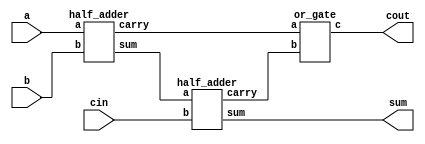
// 
module full_adder(a,b,cin,sum,cout);
    input a;
    input b;
    input cin;
    output sum;
    output cout;
    wire s1, c1, c2;
    half_adder half_adder1(a, b, s1, c1);
    half_adder half_adder2(s1, cin, sum, c2);
    or_gate or_gate1(c1, c2, cout);
endmodule

// 
module half_adder (
    input a,
    input b,
    output sum,
    output carry
);
    // 
    assign sum = a ^ b;
    // 
    assign carry = a & b;

endmodule

// 
module or_gate (
    input a,
    input b,
    output c
);
    //  
    assign c = a | b;
endmodule